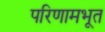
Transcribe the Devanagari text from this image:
परिणामभूत